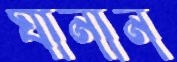
ঘানান